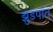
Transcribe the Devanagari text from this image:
झुडपांत